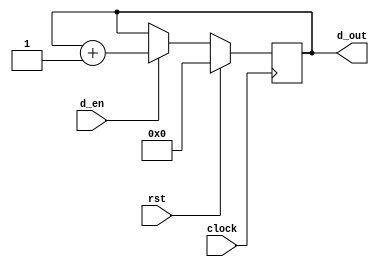
module counter
(
    d_out, clock, rst, d_en
);

    input clock;
    input rst;
    input d_en;
    output [63:0] d_out;

    reg [63:0] counter;

    always @ (posedge clock)
        if(rst)
        begin
            counter <= 64'b0;
        end
        else if(d_en)
        begin
            counter <= counter + 1'b1;
        end
        else
        begin
            counter <= counter;
        end

    assign d_out = counter;

endmodule